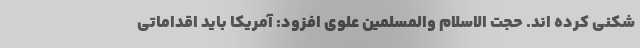
شکنی کرده اند. حجت الاسلام والمسلمین علوی افزود: آمریکا باید اقداماتی